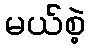
မယ်စဲ့